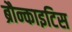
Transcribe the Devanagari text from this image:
ब्रौन्काइटिस